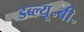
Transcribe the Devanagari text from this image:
डब्ल्यू॰बी॰